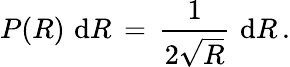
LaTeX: P(R)\, \, \mathrm{d}R\, =\, \frac{1}{2\sqrt{R}}\, \, \mathrm{d}R\, .